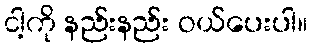
ငါ့ကို နည်းနည်း ဝယ်ပေးပါ။